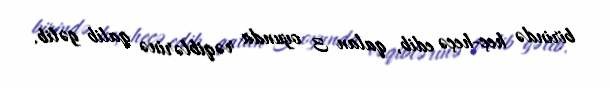
birində heç-heçə edib, qalan 3 oyunda rəqiblərinə qalib gəlib.